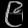
Digit: ၉